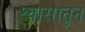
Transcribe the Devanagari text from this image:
श्वासातून